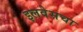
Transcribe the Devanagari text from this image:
इलवेसचा